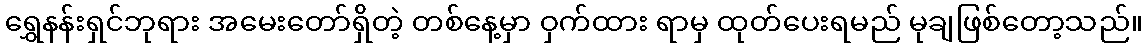
ရွှေနန်းရှင်ဘုရား အမေးတော်ရှိတဲ့ တစ်နေ့မှာ ဝှက်ထား ရာမှ ထုတ်ပေးရမည် မုချဖြစ်တော့သည်။